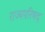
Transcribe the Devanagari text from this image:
राज्यपरिषद